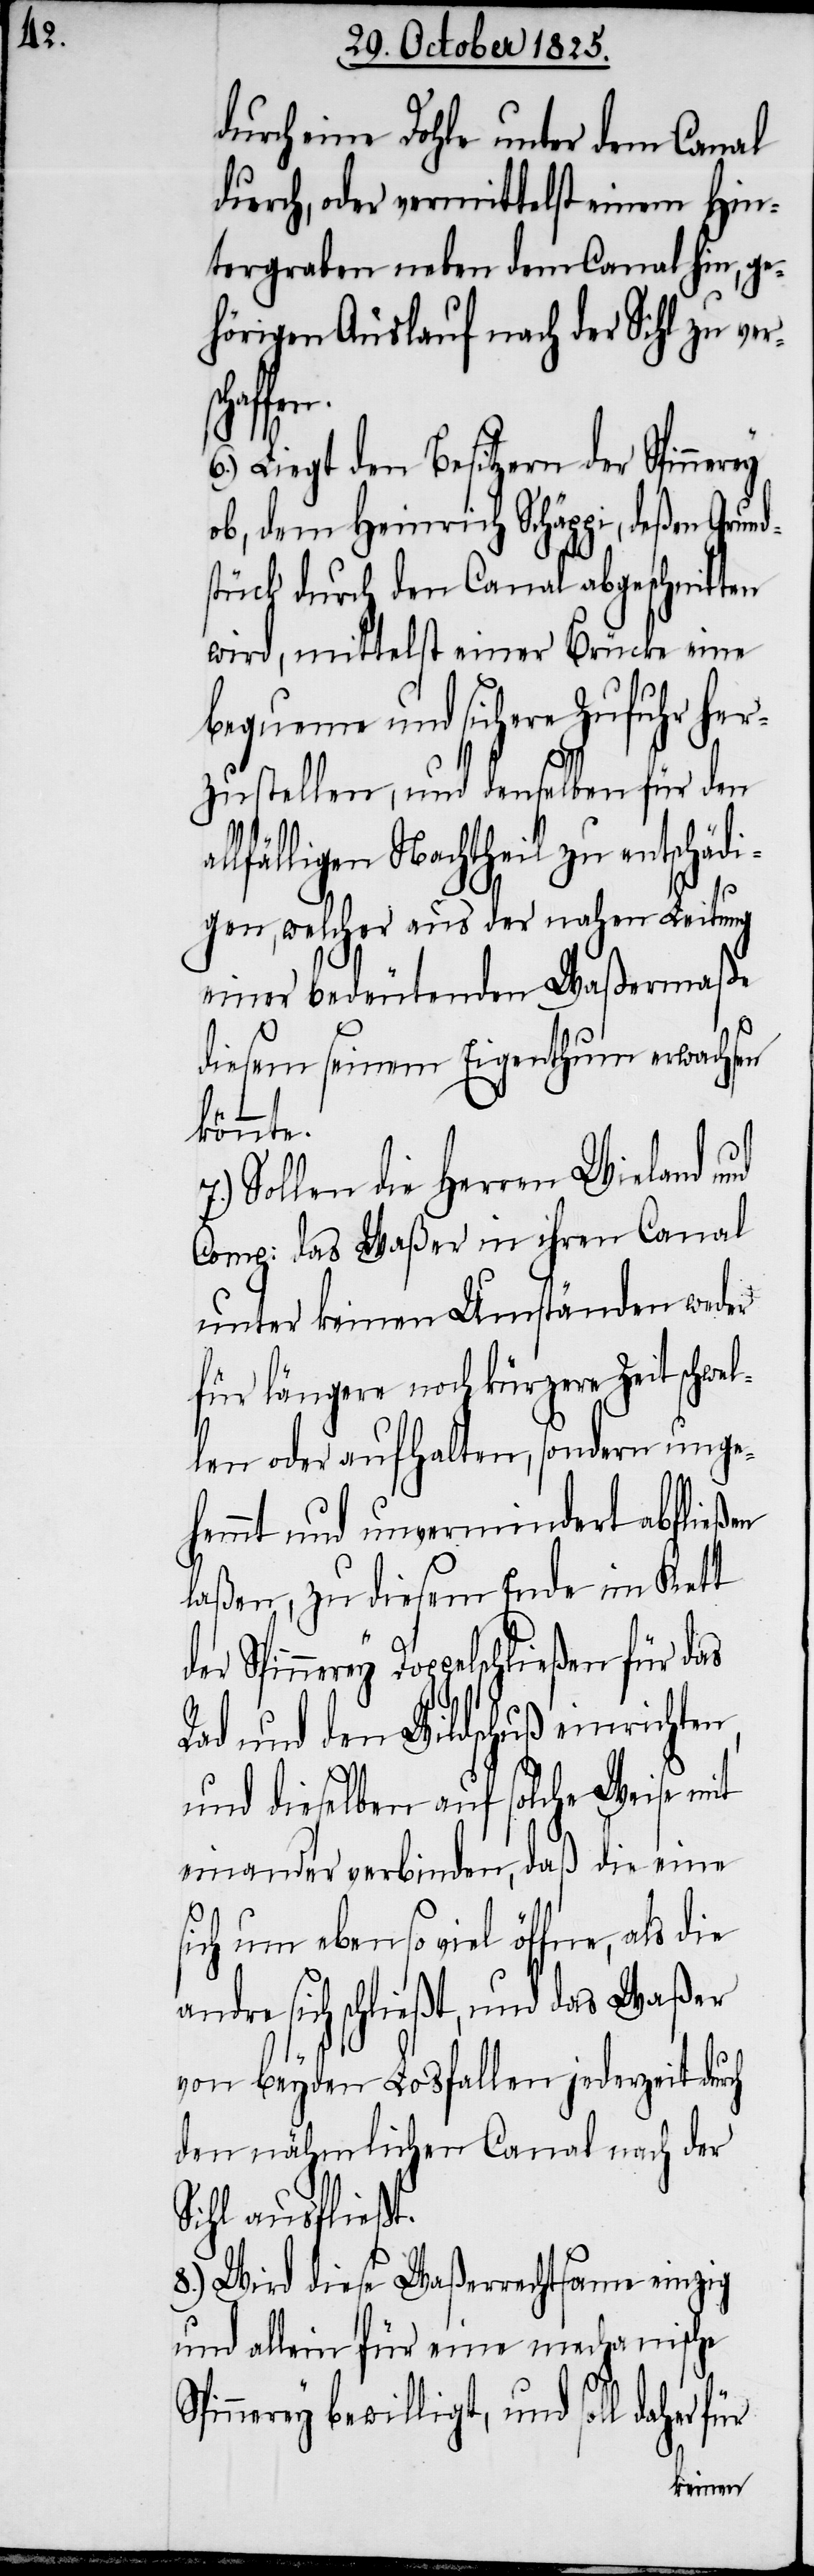
durch eine Dohle unter dem Canal
durch, oder vermittelst einem Hin¬
tergraben neben dem Canal hin, ge¬
hörigen Auslauf nach der Sihl zu ver¬
für das
6.) Liegt den Besitzern der Spinnerey
ob, dem Heinrich Schäppi, deßen Grund¬
stück durch den Canal abgeschnitten
wird, mittelst einer Brücke eine
bequeme und sichere Zufuhr her¬
zustellen, und demselben für den
lfälligen Nachtheil zu entschädi¬
gen, welcher aus der nahen Leitung
einer bedeutenden Waßermaße
diesem seinem Eigenthum erwachsen
könnte.
Sollen die Herren Wieland und
Comp: das Waßer in ihren Canal
unter keinen Umständen weder
für längere noch kürzere Zeit schwel¬
len oder aufhalten, sondern unge¬
hemmt und unvermindert abfließen
laßen, zu diesem Ende im Kett
Rad und den Wildschuß einrichte¬
und dieselben auf solche Weise mit
einander verbinden, daß die eine
sich um ebenso viel öffne, als die
andre sich schließt, und das Waßer
von beyden Losfallen jederzeit durch
den nähmlichen Canal nach der
Sihl ausfließt.
8.) Wird diese Waßerrechtssame einzig
und allein für eine mechanische
n,
Spinnerey bewilligt, und soll daher für